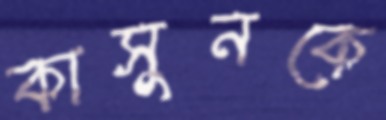
কাসুনকে